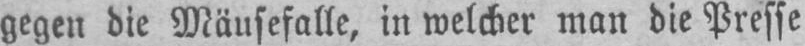
gegen die Mäusefalle, in welcher man die Presse